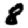
Digit: 8